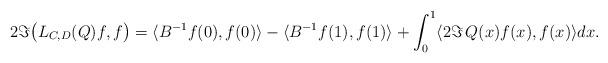
LaTeX: \begin{align*} 2 \Im \bigl(L_{C, D}(Q)f, f\bigr) = \langle B^{-1} f(0), f(0)\rangle - \langle B^{-1} f(1), f(1)\rangle + \int_0^1 \langle 2 \Im\, Q(x) f(x), f(x) \rangle dx.\end{align*}